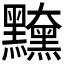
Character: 𪒻